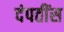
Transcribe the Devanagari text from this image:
दंपतींस